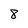
Character: 8